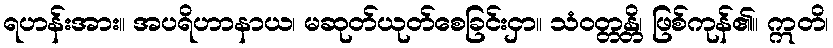
ရဟန်းအား။ အပရိဟာနာယ၊ မဆုတ်ယုတ်စေခြင်းငှာ။ သံဝတ္တန္တိ၊ ဖြစ်ကုန်၏။ ဣတိ၊